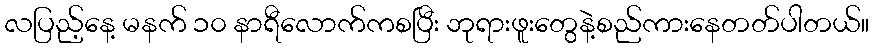
လပြည့်နေ့ မနက် ၁၀ နာရီလောက်ကစပြီး ဘုရားဖူးတွေနဲ့စည်ကားနေတတ်ပါတယ်။